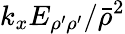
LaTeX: k_{x}E_{\rho^{\prime}\rho^{\prime}}/\bar{\rho}^{2}